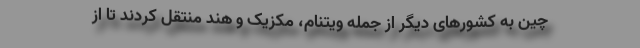
چین به کشورهای دیگر از جمله ویتنام، مکزیک و هند منتقل کردند تا از